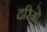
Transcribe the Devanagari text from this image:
दरिओ